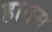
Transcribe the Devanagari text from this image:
हातम